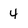
Character: 4